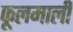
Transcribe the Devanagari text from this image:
फूलमाली